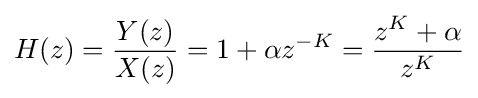
H(z)={\frac {Y(z)}{X(z)}}=1+\alpha z^{-K}={\frac {z^{K}+\alpha }{z^{K}}}